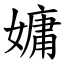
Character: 嫞